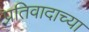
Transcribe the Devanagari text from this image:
प्रतिवादाच्या